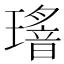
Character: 𤪅